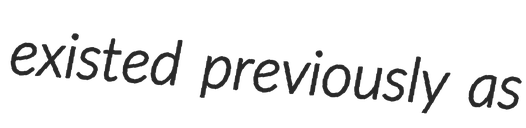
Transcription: existed previously as